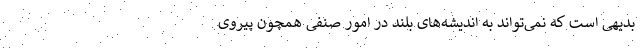
بدیهی است که نمی‌تواند به اندیشه‌های بلند در امور صنفی همچون پیروی